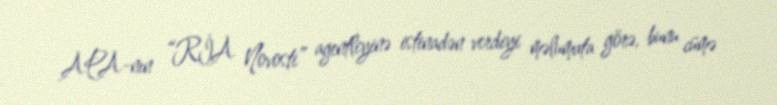
APA-nın “RİA Novosti” agentliyinə istinadən verdiyi məlumata görə, bunu cümə